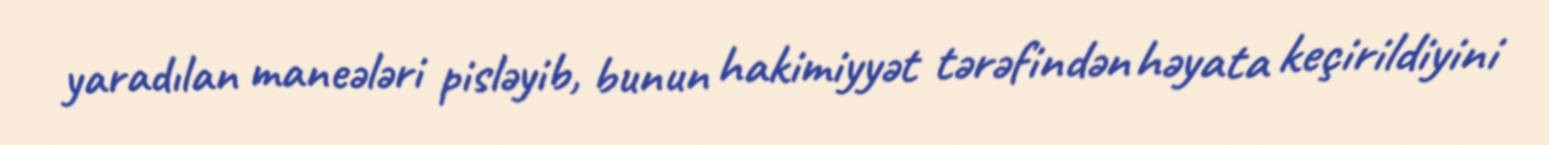
yaradılan maneələri pisləyib, bunun hakimiyyət tərəfindən həyata keçirildiyini